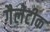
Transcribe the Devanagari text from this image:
गैलेटीक